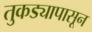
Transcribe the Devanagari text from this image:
तुकड्यापासून